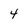
Character: 4